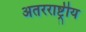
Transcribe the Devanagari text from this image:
अतरराष्ट्रीय